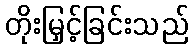
တိုးမြှင့်ခြင်းသည်